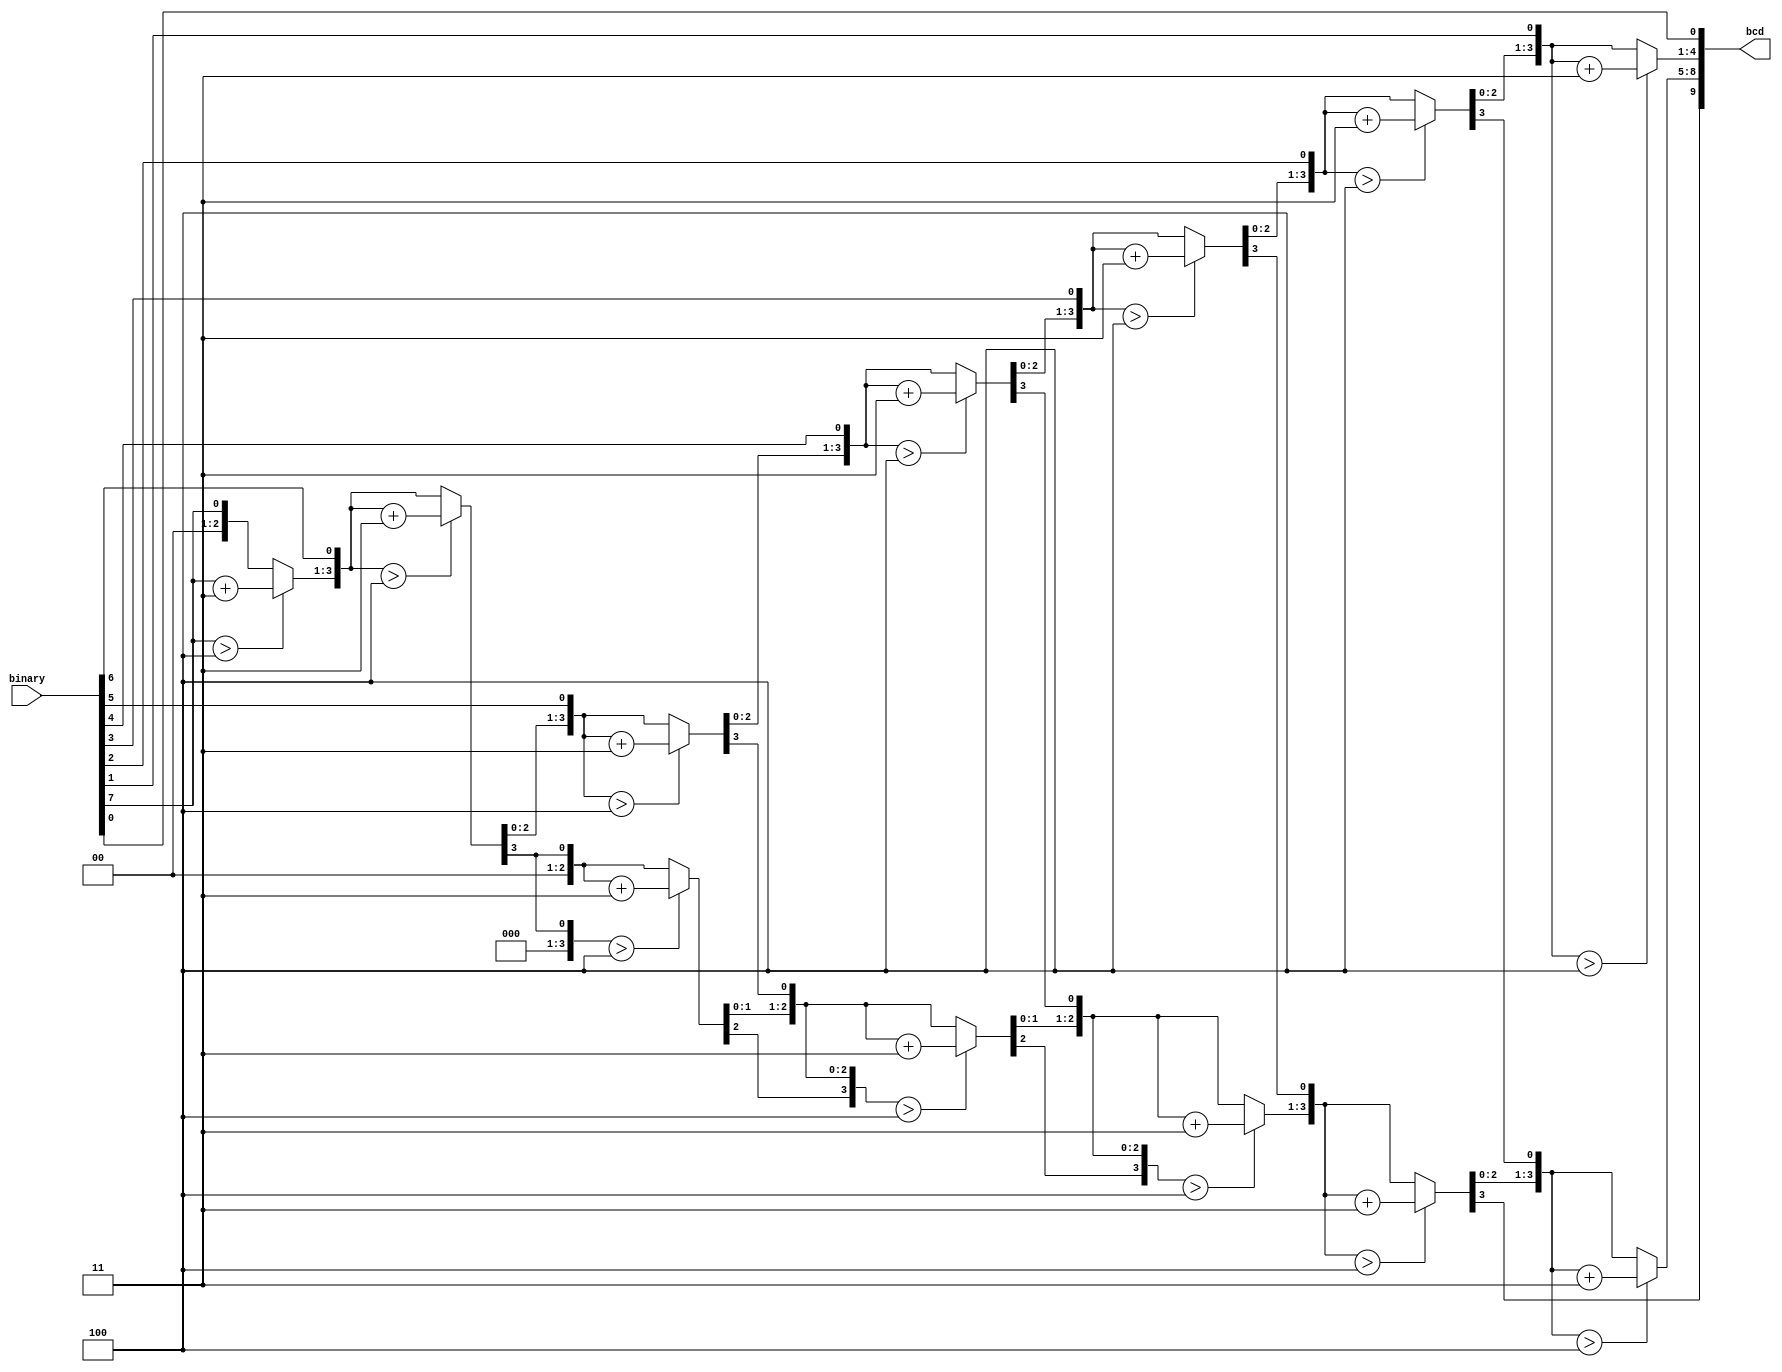
/*
 *  double_dabble.v
 *
 *  copyright (c) 2021  hirosh dabui <hirosh@dabui.de>
 *
 *  permission to use, copy, modify, and/or distribute this software for any
 *  purpose with or without fee is hereby granted, provided that the above
 *  copyright notice and this permission notice appear in all copies.
 *
 *  the software is provided "as is" and the author disclaims all warranties
 *  with regard to this software including all implied warranties of
 *  merchantability and fitness. in no event shall the author be liable for
 *  any special, direct, indirect, or consequential damages or any damages
 *  whatsoever resulting from loss of use, data or profits, whether in an
 *  action of contract, negligence or other tortious action, arising out of
 *  or in connection with the use or performance of this software.
 *
 */
module double_dabble
       #(
           parameter WIDTH_I = 8,
           parameter WIDTH_O = WIDTH_I + ((WIDTH_I - 4)/3)
       )
       (
           input [WIDTH_I -1:0] binary,
           output reg [WIDTH_O:0] bcd
       );

initial begin
    $display("WIDTH_O:", WIDTH_O);
end

integer i, j;
always @(binary) begin
    bcd = 0;
    for (i = WIDTH_I-1; i >= 0; i = i - 1) begin
        bcd = {bcd[WIDTH_O-1:0], binary[i]};
        for (j = 1; j < WIDTH_O; j = j + 4) begin
            if (bcd[j +:4] > 4) begin
                bcd[j +:4] = bcd[j +:4] + 4'd3;
            end
        end
    end
end

endmodule